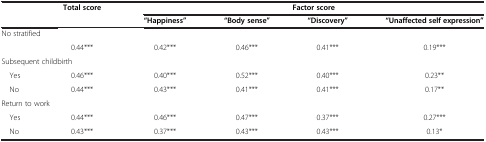
<table><thead><tr><td><b> </b></td><td><b>Total score</b></td><td colspan="4"><b>Factor score</b></td></tr><tr><td><b> </b></td><td><b> </b></td><td><b>&quot;Happiness&quot;</b></td><td><b>&quot;Body sense&quot;</b></td><td><b>&quot;Discovery&quot;</b></td><td><b>&quot;Unaffected self expression&quot;</b></td></tr></thead><tbody><tr><td colspan="6">No stratified</td></tr><tr><td> </td><td>0.44***</td><td>0.42***</td><td>0.46***</td><td>0.41***</td><td>0.19***</td></tr><tr><td colspan="6">Subsequent childbirth</td></tr><tr><td> Yes</td><td>0.46***</td><td>0.40***</td><td>0.52***</td><td>0.40***</td><td>0.23**</td></tr><tr><td> No</td><td>0.44***</td><td>0.43***</td><td>0.41***</td><td>0.41***</td><td>0.17**</td></tr><tr><td colspan="6">Return to work</td></tr><tr><td> Yes</td><td>0.44***</td><td>0.46***</td><td>0.47***</td><td>0.37***</td><td>0.27***</td></tr><tr><td> No</td><td>0.43***</td><td>0.37***</td><td>0.43***</td><td>0.43***</td><td>0.13*</td></tr></tbody></table>